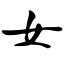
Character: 女